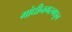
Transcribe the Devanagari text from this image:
गांधीनगरमधून